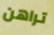
تراهن